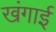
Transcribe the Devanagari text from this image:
खंगाई